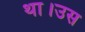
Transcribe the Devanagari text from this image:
था।उस